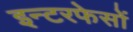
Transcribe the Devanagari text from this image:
इन्टरफेसों